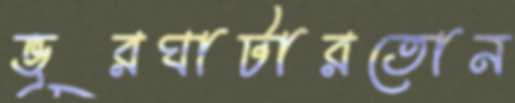
ভূরঘাটারতোন